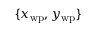
\{ x _ { \mathrm { w p } } , y _ { \mathrm { w p } } \}